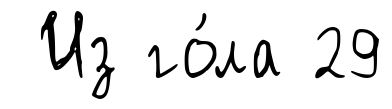
Из го́ла 29